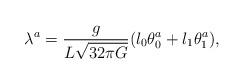
LaTeX: \begin{align*}\lambda^a = \frac{g}{L\sqrt{32\pi G}}(l_0\theta_0^a+l_1\theta_1^a),\end{align*}